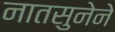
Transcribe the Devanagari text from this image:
नातसुनेने